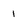
Character: 1